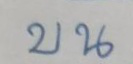
บน